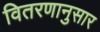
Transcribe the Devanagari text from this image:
वितरणानुसार